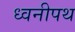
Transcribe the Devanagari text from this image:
ध्वनीपथ